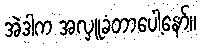
အဲဒါက အလှူခံတာပေါ့နော်။